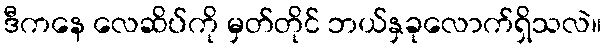
ဒီကနေ လေဆိပ်ကို မှတ်တိုင် ဘယ်နှခုလောက်ရှိသလဲ။